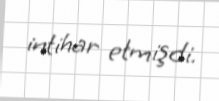
intihar etmişdi.